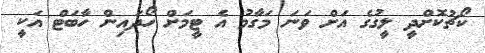
ކޯޗުކޮށްދީ ލީގުގެ އަށް ވަނަ މަގާމު އެ ޓީމަށް ހޯދައިން ހާބަޓް އަކީ